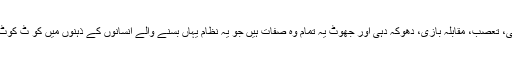
لالچ، خود غرضی، تعصب، مقابلہ بازی، دھوکہ دہی اور جھوٹ یہ تمام وہ صفات ہیں جو یہ نظام یہاں بسنے والے انسانوں کے ذہنوں میں کو ٹ کوٹ کر بھر رہاہے۔